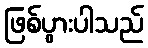
ဖြစ်ပွားပါသည်